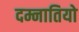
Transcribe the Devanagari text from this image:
दम्नातियो